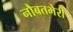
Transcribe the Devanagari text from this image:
नौबतभेरी